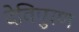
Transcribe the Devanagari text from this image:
देविपुरण